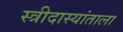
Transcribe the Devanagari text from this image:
स्त्रीदास्यांताला